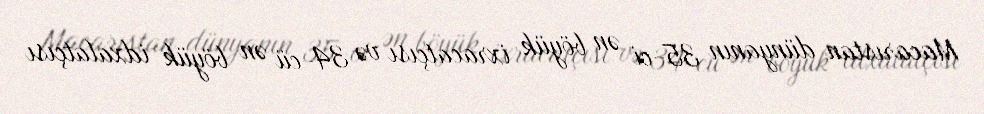
Macarıstan dünyanın 35-ci ən böyük ixracatçısı və 34-cü ən böyük idxalatçısı